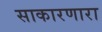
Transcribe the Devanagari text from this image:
साकारणारा